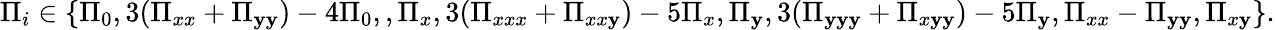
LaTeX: \Pi_{i}\in\{ \Pi_{0},3(\Pi_{xx}+\Pi_{\mathbf{y}\mathbf{y}})-4\Pi_{0},,\Pi_{x},3(\Pi_{xxx}+\Pi_{xx\mathbf{y}})-5\Pi_{x},\Pi_{\mathbf{y}},3(\Pi_{\mathbf{y}\mathbf{y}\mathbf{y}}+\Pi_{x\mathbf{y}\mathbf{y}})-5\Pi_{\mathbf{y}},\Pi_{xx}-\Pi_{\mathbf{y}\mathbf{y}},\Pi_{x\mathbf{y}}\} .